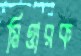
মিত্তারক